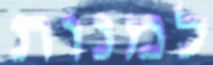
למנות